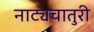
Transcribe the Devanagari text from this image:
नाट्यचातुरी